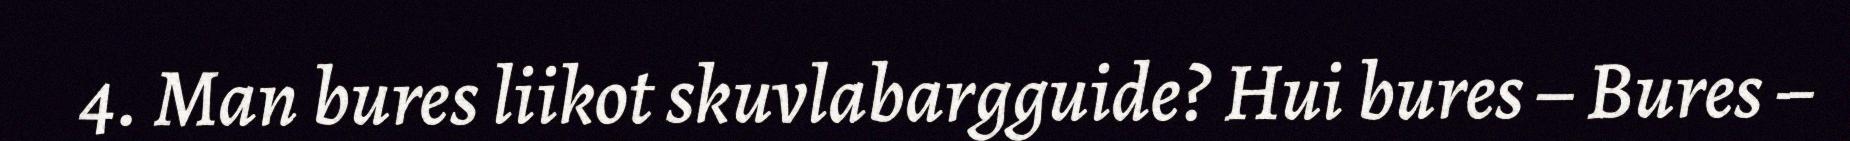
4. Man bures liikot skuvlabargguide? Hui bures – Bures –